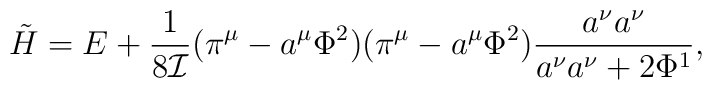
\tilde{H}= E +\frac{1}{8{\cal I}}(\pi^{\mu}-a^{\mu}\Phi^{2})(\pi^{\mu}-a^{\mu}\Phi^{2})\frac{a^{\nu}a^{\nu}}{a^{\nu}a^{\nu}+2\Phi^{1}},